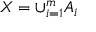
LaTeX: \textstyle X = \cup _ { i = 1 } ^ { m } A _ { i }